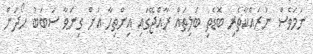
ނަމަވެސް ނުރައްކާތެރި ބޮޑެތި ބަލިތައް ރާއްޖޭގައި އިންތިހާ އަށް ގިނަވާ ސަބަބު ހޯދަން